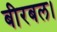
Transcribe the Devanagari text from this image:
बीरबल।